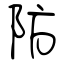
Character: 防